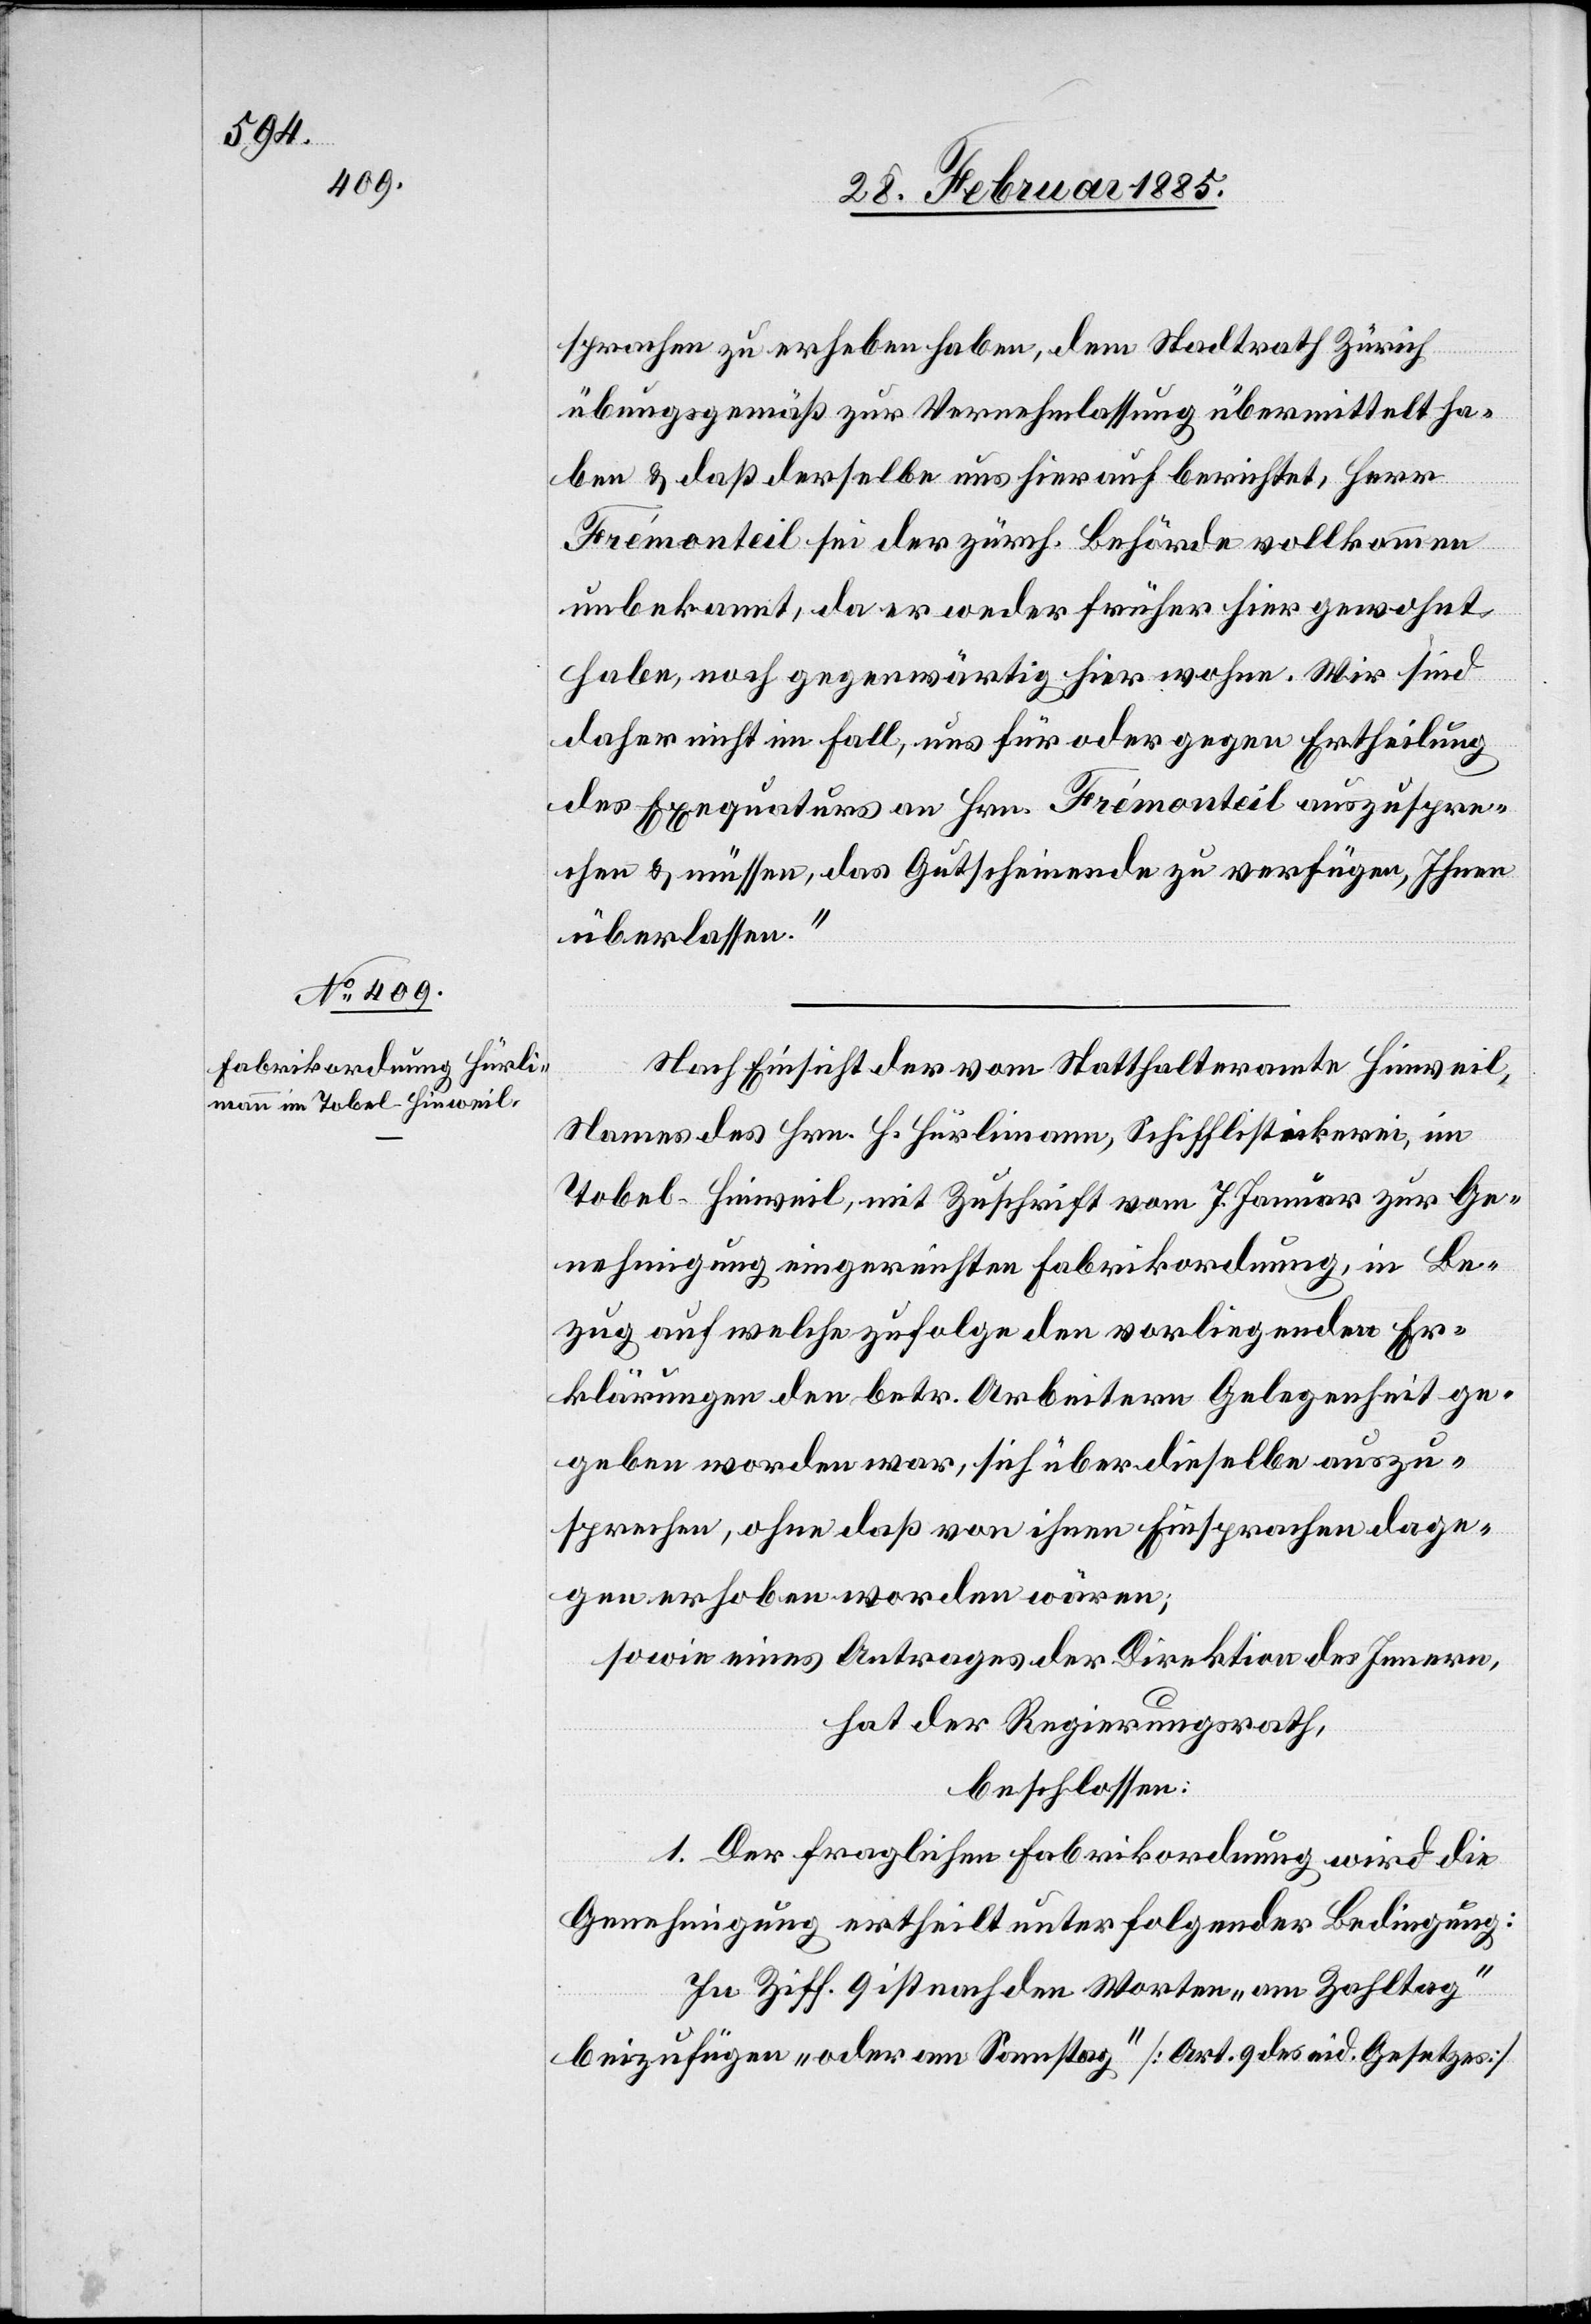
sprachen zu erheben haben, dem Stadtrath Zürich
übungsgemäß zur Vernehmlassung übermittelt ha¬
ben & daß derselbe uns herauf berichtet, Herr
Frémonteil sei der zürch. Behörde vollkommen
unbekannt, da er weder früher hier gewohnt
habe, noch gegenwärtig hier wohne. Wir sind
daher nicht im Fall, uns für oder gegen Ertheilung
des Exequaturs an Hrn. Frémonteil auszuspre¬
chen & müssen, das Gutscheinende zu verfügen, Ihnen
überlassen.“
Nach Einsicht der vom Statthalteramte Hinweil,
Name[n]s des Hrn. H. Hürlimann, Schifflistickerei, im
Tobel - Hinweil, mit Zuschrift vom 7. Januar zur Ge¬
nehmigung eingereichten Fabrikordnung, in Be¬
zug auf welche zufolge den vorliegenden Er¬
klärungen den betr. Arbeitern Gelegenheit ge¬
geben worden war, sich über dieselbe auszu¬
sprechen, ohne daß von ihnen Einsprachen dage¬
gen erhoben worden wären;
sowie eines Antrages der Direktion des Innern,
hat der Regierungsrath,
beschlossen:
1. Der fraglichen Fabrikordnung wird die
Genehmigung ertheilt unter folgender Bedingung:
In Ziff. 9 ist nach den Worten „am Zahltag“
beizufügen „oder am Sonntag“ [Art. 9 des eid. Gesetzes]